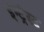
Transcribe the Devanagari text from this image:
इंन्ट्रेस्ट